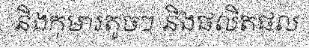
និងកុមារតូចៗ និងផលិតផល